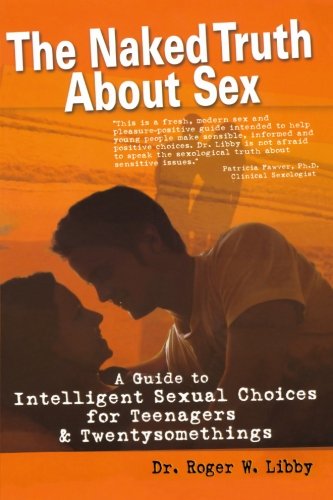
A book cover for The Naked Truth About Sex: A Guide to Intelligent Sexual Choices for Teenagers and Twentysomethings; Roger W. Libby; Teen & Young Adult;